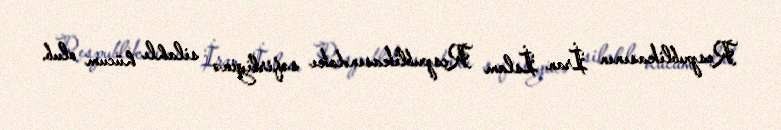
Respublikasının İran İslam Respublikasındakı səfirliyinə silahlı hücum olub.